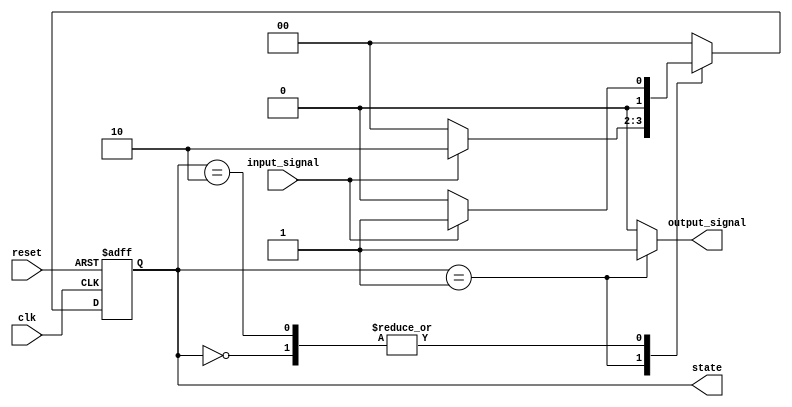
module moore_state_machine (
    input wire clk,          // Clock signal
    input wire reset,        // Asynchronous reset signal
    input wire input_signal, // Input signal for state transitions
    output reg [1:0] state,  // Current state output
    output reg output_signal  // Output signal based on the current state
);

// State encoding
localparam S0 = 2'b00; // State 0
localparam S1 = 2'b01; // State 1
localparam S2 = 2'b10; // State 2

// State transition logic
always @(posedge clk or posedge reset) begin
    if (reset) begin
        state <= S0; // Reset to state S0
    end else begin
        case (state)
            S0: begin
                if (input_signal) begin
                    state <= S1; // Transition from S0 to S1
                end else begin
                    state <= S0; // Stay in S0
                end
            end
            S1: begin
                if (input_signal) begin
                    state <= S2; // Transition from S1 to S2
                end else begin
                    state <= S0; // Transition from S1 to S0
                end
            end
            S2: begin
                if (input_signal) begin
                    state <= S1; // Transition from S2 to S1
                end else begin
                    state <= S0; // Transition from S2 to S0
                end
            end
            default: state <= S0; // Default case
        endcase
    end
end

// Output logic based on the current state
always @(state) begin
    case (state)
        S0: output_signal = 1'b0; // Output for state S0
        S1: output_signal = 1'b1; // Output for state S1
        S2: output_signal = 1'b0; // Output for state S2
        default: output_signal = 1'b0; // Default output
    endcase
end

endmodule